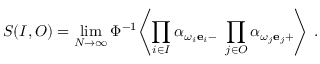
S ( I , O ) = \operatorname * { l i m } _ { N \to \infty } \Phi ^ { - 1 } \Biggl \langle \prod _ { i \in I } \alpha _ { { \omega _ { i } { \bf e } _ { i } } - } \ \prod _ { j \in O } \alpha _ { { \omega _ { j } { \bf e } _ { j } } + } \Biggr \rangle \ .